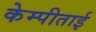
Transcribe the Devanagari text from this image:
केम्पीताई